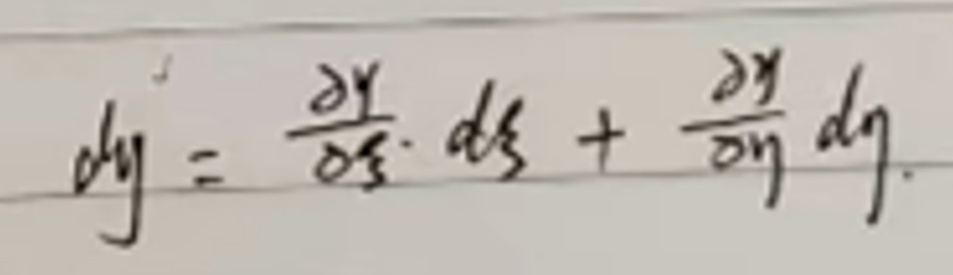
\[
dy = \frac{\partial y}{\partial x} \cdot dx + \frac{\partial y}{\partial y} dy
\]